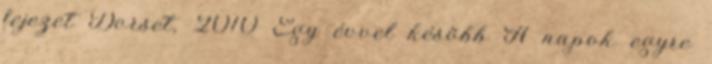
fejezet Dorset, 2010 Egy évvel késõbb A napok egyre